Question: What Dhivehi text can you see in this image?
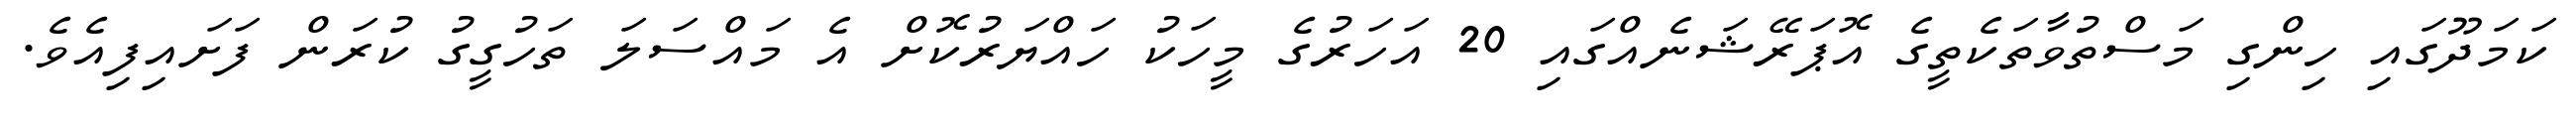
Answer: ކަމަދޫގައި ހިންގި މަސްތުވާތަކެތީގެ އޮޕަރޭޝަނެއްގައި 20 އަހަރުގެ މީހަކު ހައްޔަރުކޮށް އެ މައްސަލަ ތަހުގީގު ކުރަން ފަށައިފިއެވެ.